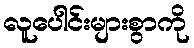
လူပေါင်းများစွာကို